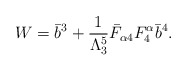
\begin{align*}W=\bar{b}^3 +\frac{1}{\Lambda_3^5} \bar{F}_{\alpha 4} F^\alpha_4 \bar{b}^4.\end{align*}